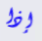
إذا